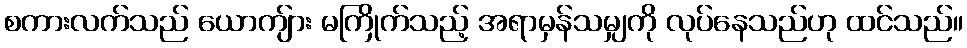
စကားလက်သည် ယောကျ်ား မကြိုက်သည့် အရာမှန်သမျှကို လုပ်နေသည်ဟု ထင်သည်။